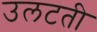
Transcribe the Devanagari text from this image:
उलटती